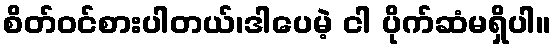
စိတ်ဝင်စားပါတယ်၊ဒါပေမဲ့ ငါ ပိုက်ဆံမရှိပါ။